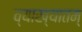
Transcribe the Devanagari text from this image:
व्याख्यातम्